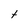
Character: t